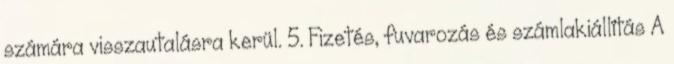
számára visszautalásra kerül. 5. Fizetés, fuvarozás és számlakiállítás A